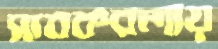
সাবকবলায়